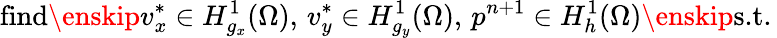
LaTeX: \textrm{find}\enskip v_{x}^{\ast}\in H_{g_{x}}^{1}(\Omega),\, v_{y}^{\ast}\in H_{g_{y}}^{1}(\Omega),\, p^{n+1}\in H_{h}^{1}(\Omega)\enskip\textrm{s.t.}\,